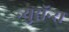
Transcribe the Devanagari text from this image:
न्युरॉन्स